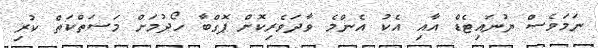
ނަމަވެސް ޔުނައިޓެޑް އާއި އެކު އެންމެ ވާދަވެރިކޮށް ޕޮގްބާ ހޯދުމަށް މަސަތްކަތް ކުރި